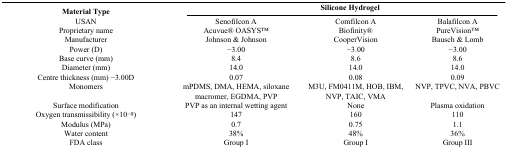
<table><thead><tr><td><b>Material Type</b></td><td colspan="3"><b>Silicone Hydrogel</b></td></tr></thead><tbody><tr><td>USAN</td><td>Senofilcon A</td><td>Comfilcon A</td><td>Balafilcon A</td></tr><tr><td>Proprietary name</td><td>Acuvue® OASYSTM</td><td>Biofinity®</td><td>PureVisionTM</td></tr><tr><td>Manufacturer</td><td>Johnson &amp; Johnson</td><td>CooperVision</td><td>Bausch &amp; Lomb</td></tr><tr><td>Power (D)</td><td>−3.00</td><td>−3.00</td><td>−3.00</td></tr><tr><td>Base curve (mm)</td><td>8.4</td><td>8.6</td><td>8.6</td></tr><tr><td>Diameter (mm)</td><td>14.0</td><td>14.0</td><td>14.0</td></tr><tr><td>Centre thickness (mm) −3.00D</td><td>0.07</td><td>0.08</td><td>0.09</td></tr><tr><td>Monomers</td><td>mPDMS, DMA, HEMA, siloxane macromer, EGDMA, PVP</td><td>M3U, FM0411M, HOB, IBM, NVP, TAIC, VMA</td><td>NVP, TPVC, NVA, PBVC</td></tr><tr><td>Surface modification</td><td>PVP as an internal wetting agent</td><td>None</td><td>Plasma oxidation</td></tr><tr><td>Oxygen transmissibility (×10<sup>−9</sup>)</td><td>147</td><td>160</td><td>110</td></tr><tr><td>Modulus (MPa)</td><td>0.7</td><td>0.75</td><td>1.1</td></tr><tr><td>Water content</td><td>38%</td><td>48%</td><td>36%</td></tr><tr><td>FDA class</td><td>Group I</td><td>Group I</td><td>Group III</td></tr></tbody></table>